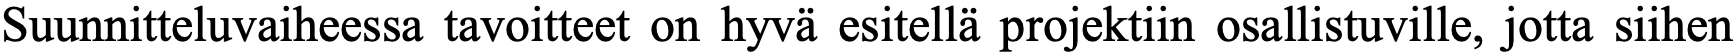
Suunnitteluvaiheessa tavoitteet on hyvä esitellä projektiin osallistuville, jotta siihen